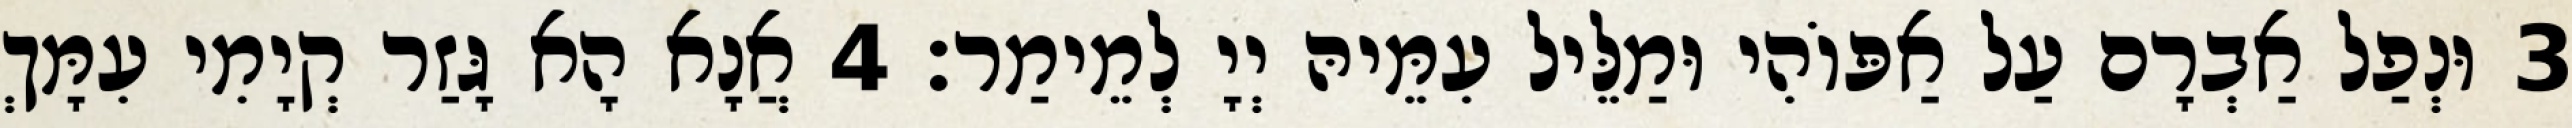
3 וּנְפַל אַבְרָם עַל אַפּוֹהִי וּמַלֵּיל עִמֵּיהּ יְיָ לְמֵימַר׃ 4 אֲנָא הָא גָּזַר קְיָמִי עִמָּךְ